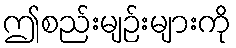
ဤစည်းမျဉ်းများကို